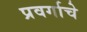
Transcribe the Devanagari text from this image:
प्रवर्गाचे